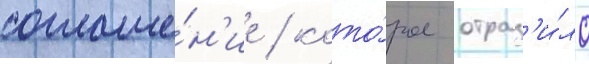
соглаше́н'ие / кото́рое отраз'и́ло